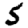
Digit: 5